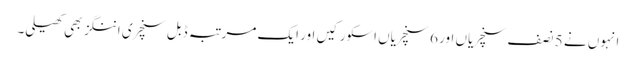
انہوں نے 5 نصف سنچریاں اور 6 سنچریاں اسکور کیں اور ایک مرتبہ ڈبل سنچری اننگز بھی کھیلی۔